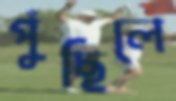
পুঁছিলে